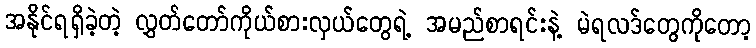
အနိုင်ရရှိခဲ့တဲ့ လွှတ်တော်ကိုယ်စားလှယ်တွေရဲ့ အမည်စာရင်းနဲ့ မဲရလဒ်တွေကိုတော့